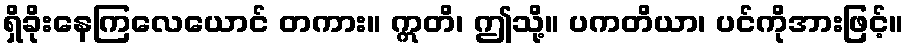
ရှိခိုးနေကြလေယောင် တကား။ ဣတိ၊ ဤသို့။ ပကတိယာ၊ ပင်ကိုအားဖြင့်။